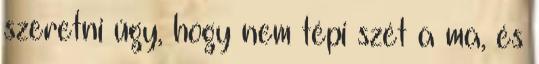
szeretni úgy, hogy nem tépi szét a ma, és